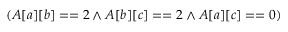
( A [ a ] [ b ] = = 2 \land A [ b ] [ c ] = = 2 \land A [ a ] [ c ] = = 0 )